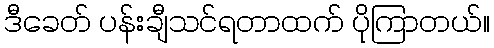
ဒီခေတ် ပန်းချီသင်ရတာထက် ပိုကြာတယ်။